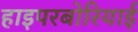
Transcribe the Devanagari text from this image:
हाइपरबोरियाई